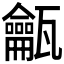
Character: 𱰓